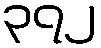
၃၇၂